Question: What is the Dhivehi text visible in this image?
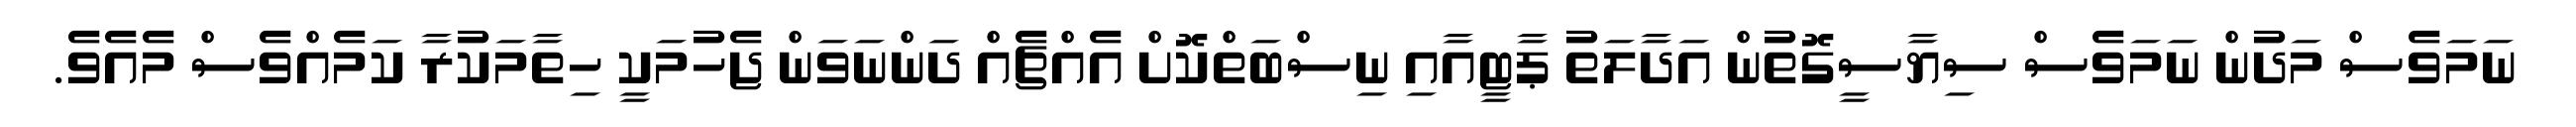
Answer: ނަމަވެސް މަދުން ނަމަވެސް ސިޔާސީގޮތުން އަދާލަތު ޕާޓީއާއި ނިސްބަތްކޮށް އެއްޗެއް ދަންނަވަން ޖެހުމަކީ ހިތާމަކުރާ ކަމެއްވެސް މެއެވެ.